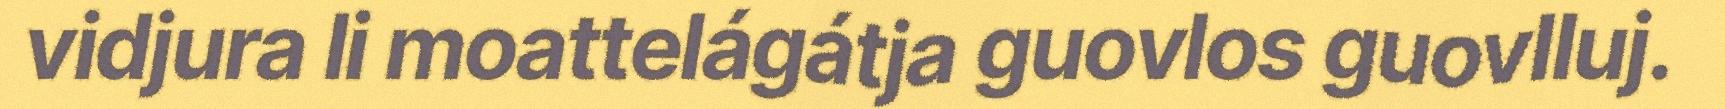
vidjura li moattelágátja guovlos guovlluj.